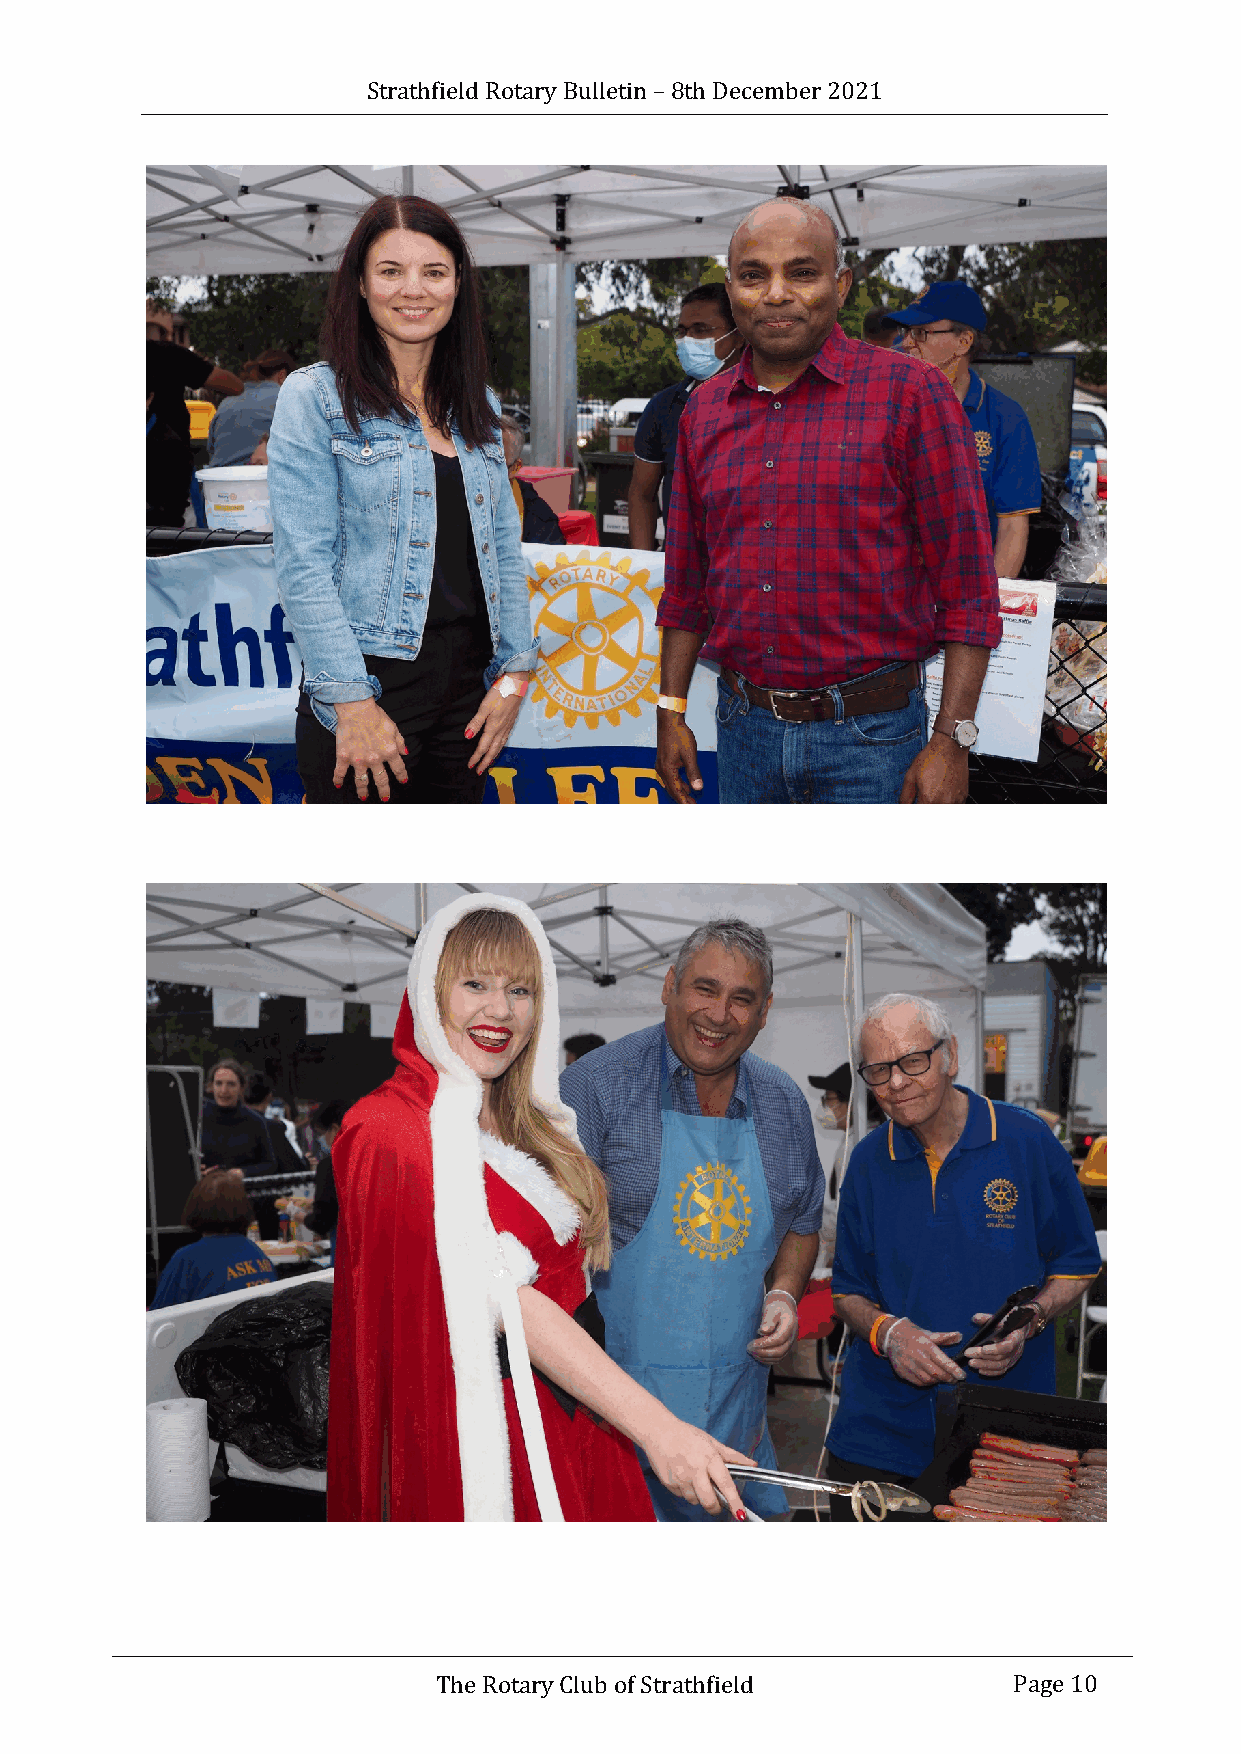
Strathfield Rotary Bulletin – 8th December 2021
 The Rotary Club of Strathfield        Page 10